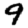
Digit: 9